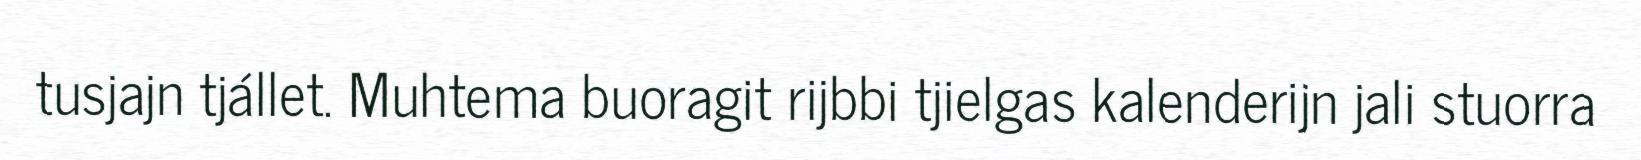
tusjajn tjállet. Muhtema buoragit rijbbi tjielgas kalenderijn jali stuorra